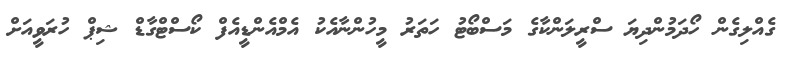
ގެއްލިގެން ހޯދަމުންދިޔަ ސްރީލަންކާގެ މަސްބޯޓު ހަތަރު މީހުންނާއެކު އެމްއެންޑީއެފް ކޯސްޓްގާޑް ޝިޕް ހުރަވީއަށް